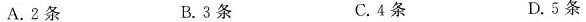
A.2条 B.3条 C.4条 D.5条